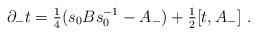
LaTeX: \begin{align*}\partial_-t = {\textstyle{\frac14}}(s_0Bs_0^ {-1}-A_-) +{\textstyle{\frac12}}[t,A_-]\ .\end{align*}